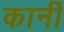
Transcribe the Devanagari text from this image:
कानीं